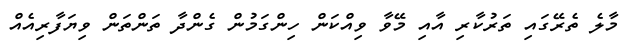
މާލެ ތެރޭގައި ތަރުކާރި އާއި މޭވާ ވިއްކަން ހިންގަމުން ގެންދާ ތަންތަން ވިޔަފާރިއެއް